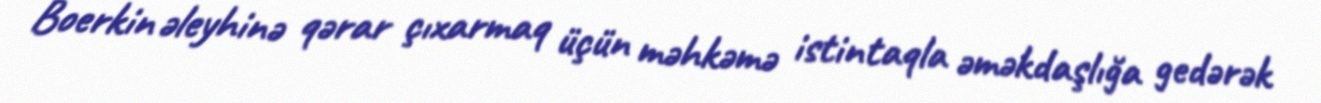
Boerkin əleyhinə qərar çıxarmaq üçün məhkəmə istintaqla əməkdaşlığa gedərək